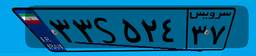
۳۳S۵۲۴۳۷